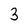
Character: 3